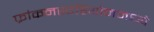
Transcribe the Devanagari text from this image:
फ्रांकनस्टेडियोनमध्ये